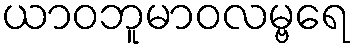
ယာဝဘူမာဝလမ္ဗရေ